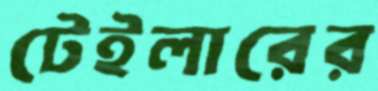
টেইলারের